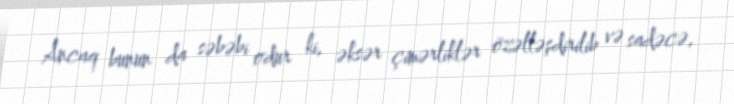
Ancaq bunun da səbəbi odur ki, əksər çimərliklər özəlləşdirilib və sadəcə,